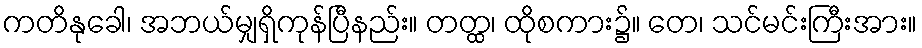
ကတိနုခေါ၊ အဘယ်မျှရှိကုန်ပြီနည်း။ တတ္ထ၊ ထိုစကား၌။ တေ၊ သင်မင်းကြီးအား။